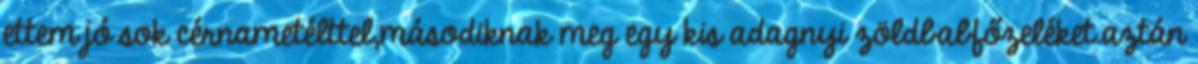
ettem jó sok cérnametélttel,másodiknak meg egy kis adagnyi zöldbabfőzeléket.aztán